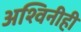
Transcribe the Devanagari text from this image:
अश्विनीही